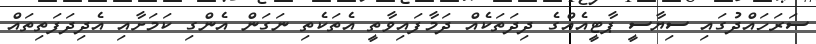
ސަރަހައްދުގައި ސިޔާސީ ޕާޓީއެއްގެ ދިދަތަކެއް ދަމާފައިވާތީ އެތަކެތި ނަގަން އެންގި ކަމަަށާއި އެދިދަފަތިތައް